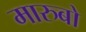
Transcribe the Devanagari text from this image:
मारुबो